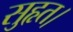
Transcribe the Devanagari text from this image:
सुहृत।